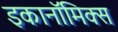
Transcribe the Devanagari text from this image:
इकानॉमिक्स